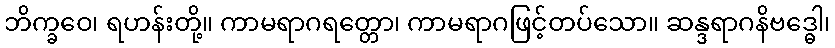
ဘိက္ခဝေ၊ ရဟန်းတို့။ ကာမရာဂရတ္တော၊ ကာမရာဂဖြင့်တပ်သော။ ဆန္ဒရာဂနိဗဒ္ဓေါ၊